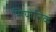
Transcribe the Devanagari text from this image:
सियोनिक